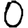
Digit: 0